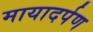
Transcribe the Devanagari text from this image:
मायादर्पण